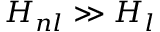
H _ { n l } \gg H _ { l }